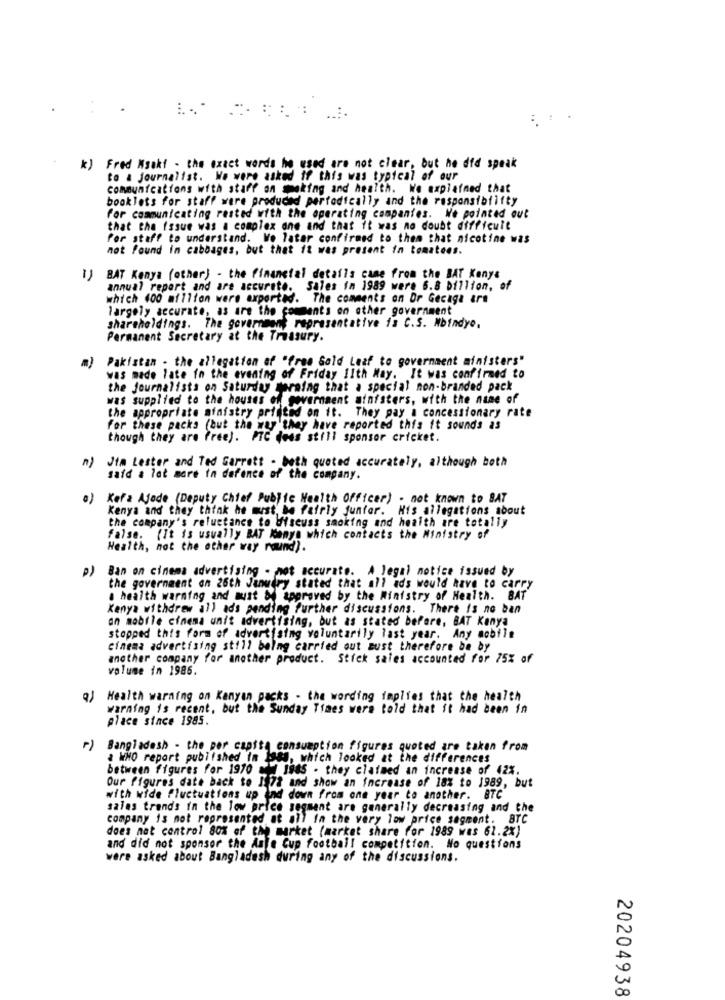
...
*) Fred Ksakt - the exact words he used are not clear, but he did speak
to a journalist. We were asked if this was typical of our
communications with staff on smoking and health. We explained that
booklets for staff were produced perfodically and the responsibility
For communicating rested with the operating companies. We pointed out
that the Issue was a complex one and that it was no doubt difficult
for staff to understand. We latar confirmed to them that nicotine was
not found in cabbages, but that it was present in tomatees.
BAT Kenya (other) - the financial details came from the BAT Kenye
annual report and are accurate. Sales in 1989 were 6.8 billion, of
which 400 million were exported. The comments on Or Gecaga ara
largely accurate, as are the comments on other government
shareholdings. The government representative is C.S. Nbindyo,
Permanent Secretary at the Treasury.
m) Pakistan - the allegation of "free Gold Leaf to government ministers"
was made late in the evening of Friday Ilth May. It was confirmed to
the journalists on Saturday Herning that a special non-branded pack
was supplied to the houses of government atafsters, with the name of
the appropriate ministry printed on it. They pay a concessionary rate
For these packs (but the way they have reported this it sounds as
though they are free). PTC dess still sponsor cricket.
Jim Lester and Ted Garrett - beth queted accurately, although both
1)
said a lot more in defence of the company.
a) Kefa Ajode (Deputy Chief Public Health Officer) - not known to SAT
Kenya and they think he must, be fairly junfor. His allegations about
the company's reluctance to discuss smoking and health are totally
false. (It is usually BAT Konya which contacts the Ministry of
Health, not the other way round).
Ban on cinema advertising - not accurate. A legal notice issued by
the government on 26th January stated that all ads would have to carry
. health warning and must be approved by the Ministry of Health. BAT
Kenya withdrew all ads pending further discussions. There is no ban
on mobile cinema unit advertising, but as stated before, BAT Kanya
stopped this form of advertising voluntarily last year. Any mobile
cinema advertising still being carried out sust therefore be by
another company for another product. Stick sales accounted for 75% of
volume in 1986.
q) Health warning on Kanyan packs - the wording implies that the health
warning is recent, but the Sunday Times were told that it had been in
place since 1985.
1)
Bangladesh - the per capita consumption figures quoted are taken from
a WHO report published in 1988, which looked at the differences
between figures for 1970 md 1885 . they claimed an increase of 42%.
Our figures date back to 1972 and show an increase of 18% to 1989, but
with wide fluctuations up and down from one year to another. BTC
sales trends in the low price segment are generally decreasing and the
company is not represented at all In the very low price segment. BTC
does not control 80% of the market (market share for 1989 was 61.2%)
and did not sponsor the Ante Cup football competition. No questions
were asked about Bangladesh during any of the discussions.
20204938